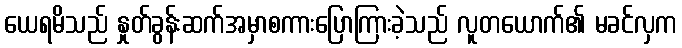
ယေရမိသည် နှုတ်ခွန်းဆက်အမှာစကားပြောကြားခဲ့သည် လူတယောက်၏ မခင်လှက